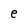
Character: e